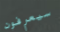
سيعرفون